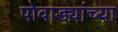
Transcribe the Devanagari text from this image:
पोवाड्यांच्या